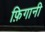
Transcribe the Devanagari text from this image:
फ़िगानी